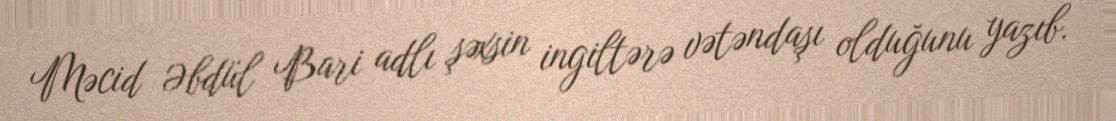
Məcid Əbdül Bari adlı şəxsin ingiltərə vətəndaşı olduğunu yazıb.